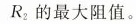
R_{2}的最大阻值。